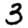
Digit: 3